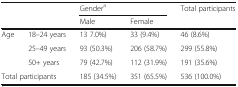
<table><thead><tr><td rowspan="2" colspan="2"></td><td colspan="2"><b>Gender<sup>a</sup></b></td><td><b>Total participants</b></td></tr><tr><td><b>Male</b></td><td><b>Female</b></td><td></td></tr></thead><tbody><tr><td rowspan="3">Age</td><td>18–24 years</td><td>13 7.0%)</td><td>33 (9.4%)</td><td>46 (8.6%)</td></tr><tr><td>25–49 years</td><td>93 (50.3%)</td><td>206 (58.7%)</td><td>299 (55.8%)</td></tr><tr><td>50+ years</td><td>79 (42.7%)</td><td>112 (31.9%)</td><td>191 (35.6%)</td></tr><tr><td colspan="2">Total participants</td><td>185 (34.5%)</td><td>351 (65.5%)</td><td>536 (100.0%)</td></tr></tbody></table>